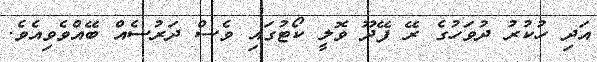
އަދި ހުކުރު ދުވަހުގެ ރޭ ފޭދޫ ވޮލީ ކޯޓުގައި ވެސް ދަރުސެއް ބޭއްވެވިއެވެ.